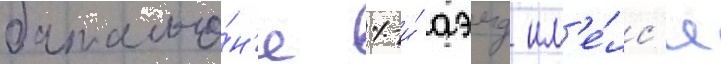
батальо́н'е 1-и́ аэмд им'е́лс'я